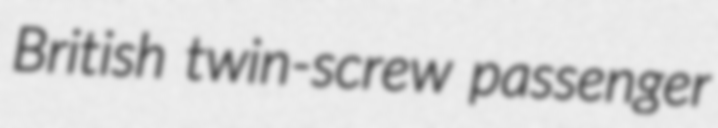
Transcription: British twin-screw passenger